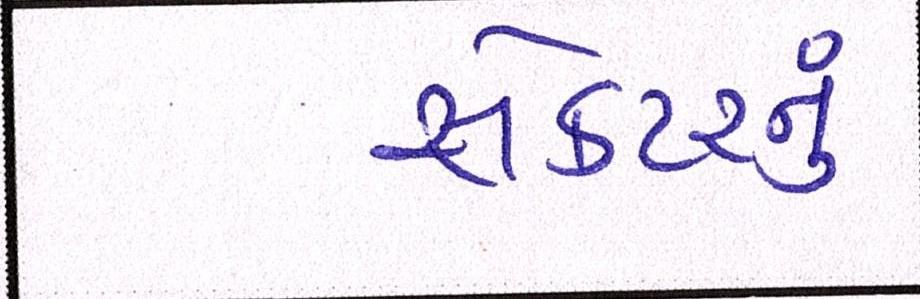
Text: સેક્ટરનું